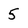
Character: 5